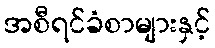
အစီရင်ခံစာများနှင့်